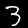
Label: 3